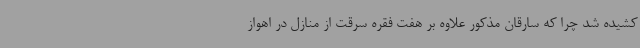
کشیده شد چرا که سارقان مذکور علاوه بر هفت فقره سرقت از منازل در اهواز